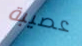
عصيبة